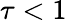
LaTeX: \tau<1